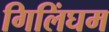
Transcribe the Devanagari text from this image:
गिलिंघम